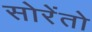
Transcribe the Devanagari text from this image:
सोरेंतो